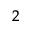
^ 2